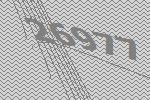
26977